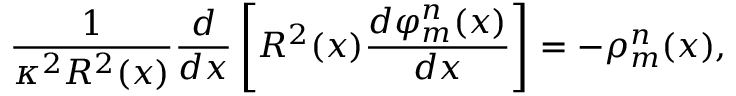
\frac { 1 } { \kappa ^ { 2 } R ^ { 2 } ( x ) } \frac { d } { d x } \left[ R ^ { 2 } ( x ) \frac { d \varphi _ { m } ^ { n } ( x ) } { d x } \right] = - \rho _ { m } ^ { n } ( x ) ,